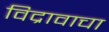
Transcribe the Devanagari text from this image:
विद्रावाचा